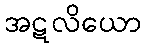
အဋလိယော